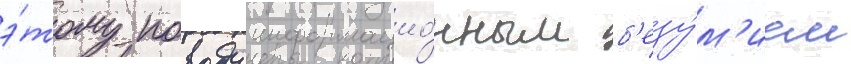
э́тому поводу информацио́нным б'езу́м'ием